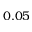
0 . 0 5